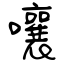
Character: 嚷